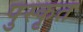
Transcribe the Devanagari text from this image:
पुस्कृत